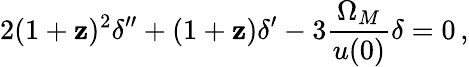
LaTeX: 2(1+\mathbf{z})^{2}\delta^{\prime\prime}+(1+\mathbf{z})\delta^{\prime}-3\frac{{\Omega_{M}}}{{u(0)}}\delta=0\, ,